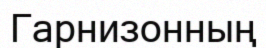
Гарнизонның